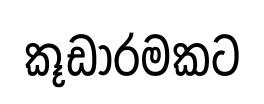
කූඩාරමකට